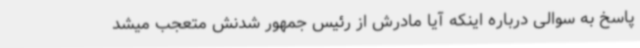
پاسخ به سوالی درباره اینکه آیا مادرش از رئیس جمهور شدنش متعجب میشد